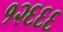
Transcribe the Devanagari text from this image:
१२६६६